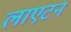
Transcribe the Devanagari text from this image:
लाएटन